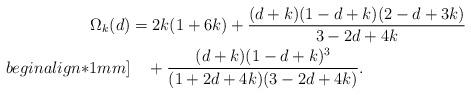
LaTeX: \begin{align*}\Omega_k(d) &=2k(1+6k)+\frac{(d+k)(1-d+k)(2-d+3k)}{3-2d+4k}\\begin{align*}1mm]&\quad+\frac{(d+k)(1-d+k)^3}{(1+2d+4k)(3-2d+4k)}.\end{align*}